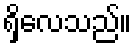
ရှိလေသည်။